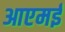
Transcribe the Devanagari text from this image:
आएमई